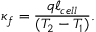
\kappa _ { f } = \frac { q \ell _ { c e l l } } { ( T _ { 2 } - T _ { 1 } ) } .